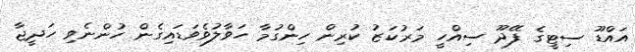
އައްޑޫ ސިޓީގެ ފޭދޫ ސިއްހީ މަރުކަޒު ކުރިން ހިންގުމާ ހަވާލުވެވަޑައިގެން ހުންނެވި ހަދީޖާ